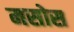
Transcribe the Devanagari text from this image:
मसोस